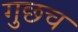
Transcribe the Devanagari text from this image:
गुछच